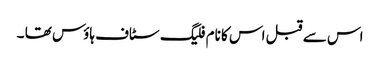
اس سے قبل اس کا نام فلیگ سٹاف ہاؤس تھا ۔